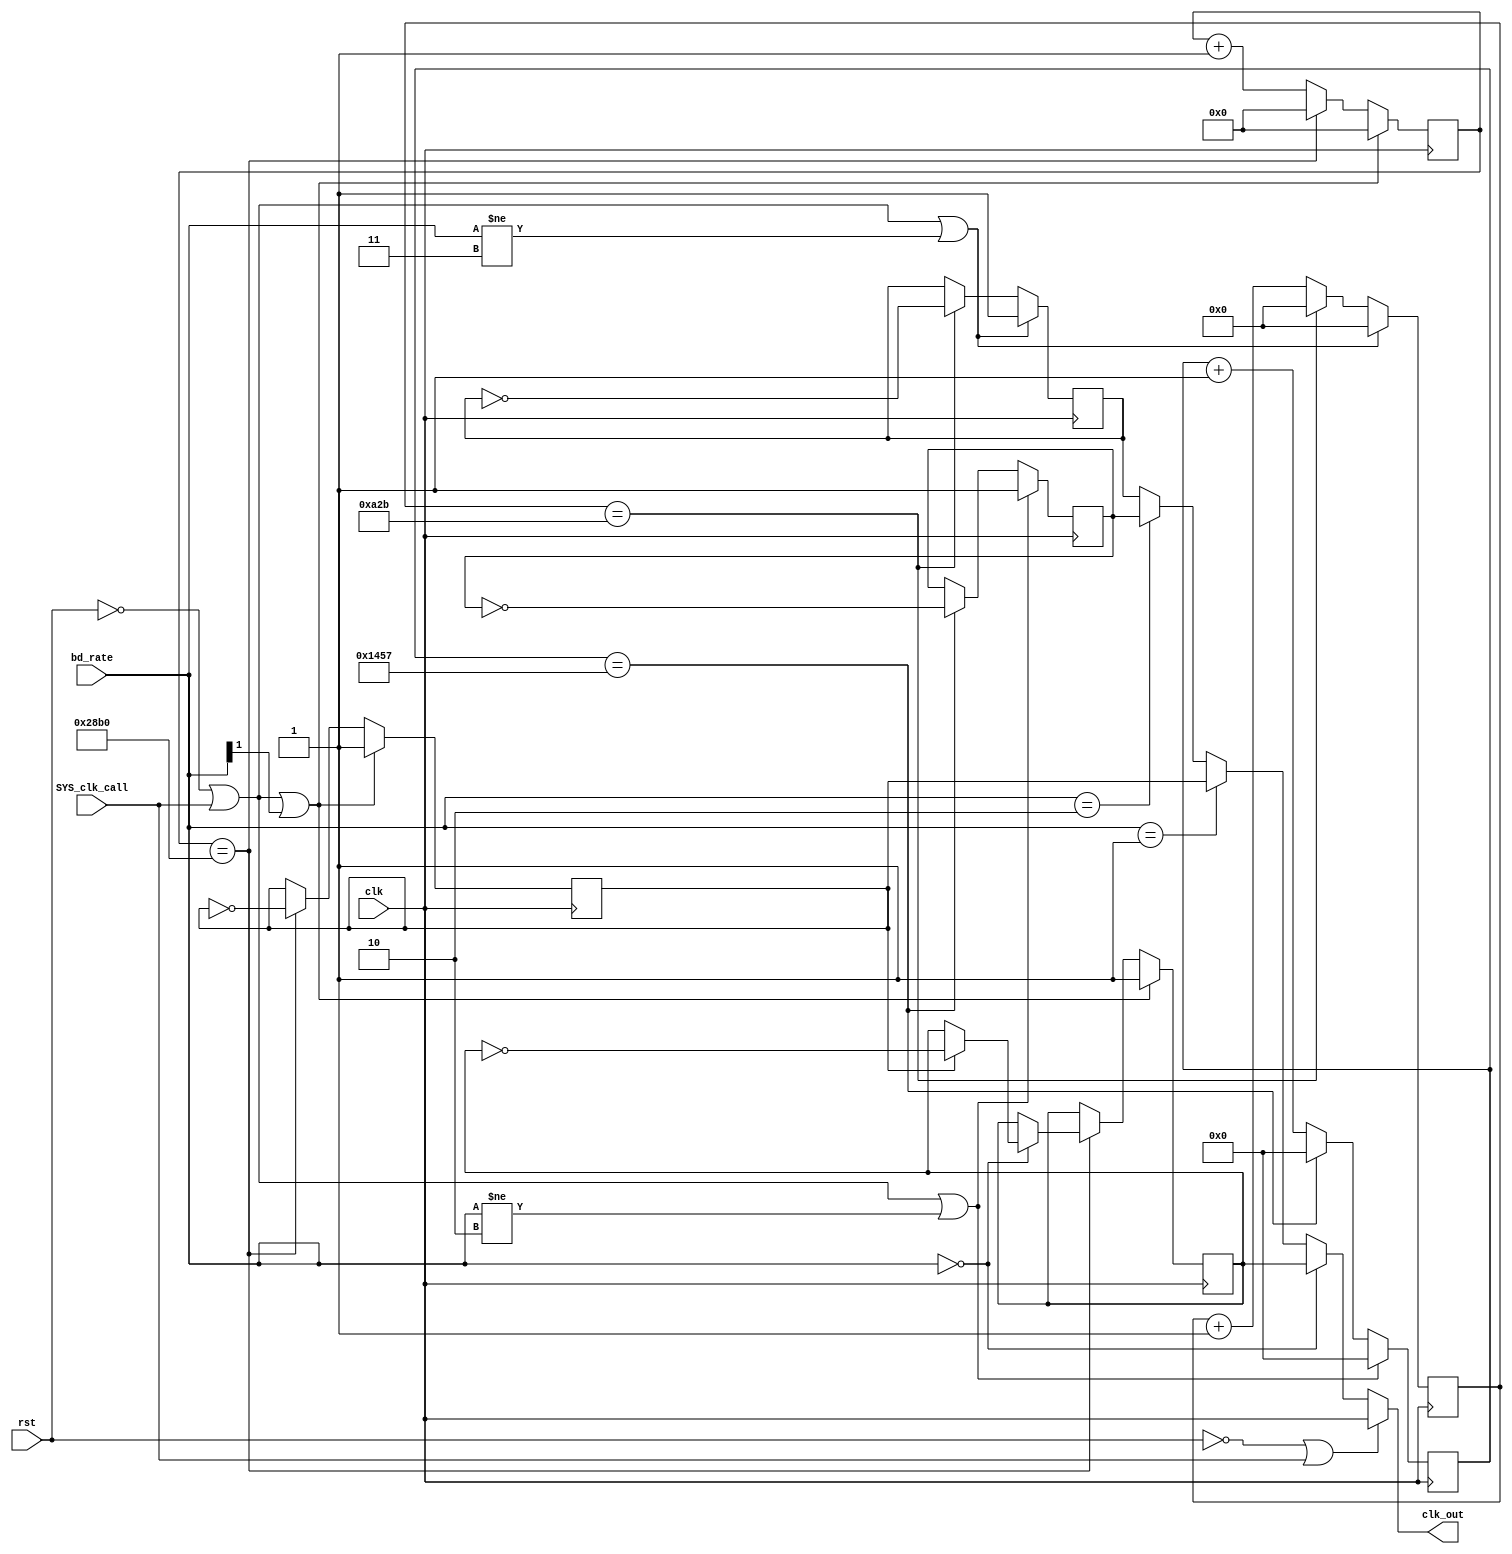

module TX_div (clk,rst,bd_rate,clk_out,SYS_clk_call);
input clk,rst,SYS_clk_call;
input [1:0 ]bd_rate;
output clk_out;
 
 
    reg T9600;      //9600 baud rate
    reg T2400;     //2400 baud rate
    reg T4800;    //4800 baud rate
    reg T1200;   //1200 baud rate
    
    
    reg [11:0] TQ9600; //Counter
    reg [13:0] TQ2400; //Counter
    reg [12:0] TQ4800; //Counter

assign clk_out =    (!rst || SYS_clk_call) ? clk   //resetting bypass
                   :(bd_rate == 2'b00)? T1200
                   :(bd_rate == 2'b01)? T2400
                   :(bd_rate == 2'b10)? T4800
                   : T9600 ;

//9600
always @ (posedge(clk))   // trig of reset event handeler 
begin
    if ((rst == 1'b0) || (SYS_clk_call) || (bd_rate != 2'b11)) begin // resetting counter
        TQ9600  <= 12'b0; 
        T9600 <= 1'b1;
    end
    else begin
     if (TQ9600 == 12'd2603) begin
     TQ9600  <= 12'b0; 
     T9600 <= ~T9600; 
        end 
        else begin
       TQ9600 <= TQ9600 + 12'd1;
        end
    end
end


//2400 //1200
always @ (posedge(clk))   // trig of reset event handeler 
begin
    if ((rst == 1'b0) || (SYS_clk_call) || (bd_rate[1] == 1'b1)) begin // resetting counter
        TQ2400  <= 14'b0; 
        T2400 <= 1'b1;
        
        T1200 <= 1'b1;
    end
    else begin
     if (TQ2400 == 14'd10416) begin
     TQ2400  <= 14'b0; 
     T2400 <= ~T2400;
     
     if (bd_rate == 2'b00) begin
       T1200 <= T2400 ? ~T1200 : T1200;
     end
        end 
        else begin
       TQ2400 <= TQ2400 + 14'd1;
        end
    end
end


//4800
always @ (posedge(clk))   // trig of reset event handeler 
begin
    if ((rst == 1'b0) || (SYS_clk_call) || (bd_rate != 2'b10)) begin // resetting counter
        TQ4800  <= 13'b0; 
        T4800 <= 1'b1;
    end
    else begin
     if (TQ4800 == 13'd5207) begin
     TQ4800  <= 13'b0; 
     T4800 <= ~T4800; 
        end 
        else begin
       TQ4800 <= TQ4800 + 13'd1;
        end
    end
end



endmodule